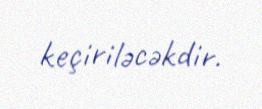
keçiriləcəkdir.